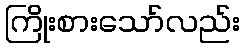
ကြိုးစားသော်လည်း